system: You are a helpful assistant.
user:
Analyze the provided spectrum to determine if it is a **M-type Giant (gM)**.

A M-type Giant spectrum is defined by its **strong molecular absorption** features, particularly from **Titanium Oxide (TiO)**. You must check for one of the following mutually exclusive signatures:

- **Key Visual Indicators (Absorption-Dominated Spectrum):**

    - **(Primary):** The spectrum is dominated by strong molecular absorption from **Titanium Oxide (TiO)**. This is the **defining feature** of its M-type temperature class.
        - **(Key Bandheads):** Look for sharp, "saw-tooth" absorption valleys. The strongest are located near **~7050 Å**, **~6160 Å**, and **~5170 Å**.
        - **(Line Profile):** The "saw-tooth" morphology is critical: a **sharp, steep drop on the BLUE (short-wavelength) side** of the bandhead, followed by a gradual recovery (rising flux) towards the RED (long-wavelength) side.

    - **(Key Confirmation - Giant vs. Dwarf):** **ABSENCE** of strong **Calcium Hydride (CaH)** molecular bands. This is the primary diagnostic for *excluding* M-dwarfs.
        - **(Key Region):** The spectrum should lack the strong, broad absorption band seen in dwarfs between **~6800 Å and ~7000 Å**.

    - **(Secondary Confirmation - Giant):** A very strong and broad **Neutral Calcium (Ca I)** atomic absorption line.
        - **(Key Line):** Located at **~4226 Å**. In a giant (gM), this line is significantly deeper and broader than the same line in an M-dwarf (dM) due to low surface gravity.

    - **(Overall Spectrum):**
        - The continuum is **extremely red-sloping** (i.e., flux is very low in the blue and rises dramatically towards the red).
        - The entire spectrum appears "chopped up" by the deep TiO bands.

Think first, call **spectral_visualization_tool** if needed to examine features in detail, then provide your final answer. Your response must adhere to the following strict rules:
1.  **Overall Structure:** Your response must follow the format `<think>...</think> <tool_call>...</tool_call> (if a tool is used) <answer>...</answer>`.
2.  **Tool Usage Constraint:** You may only make **one** tool call per turn.
3.  **Final Answer Format:** In the `<answer>` tag, your conclusion must be inside a `\boxed{}` command (e.g., `\boxed{YES}` or `\boxed{NO}`), followed by your justification.

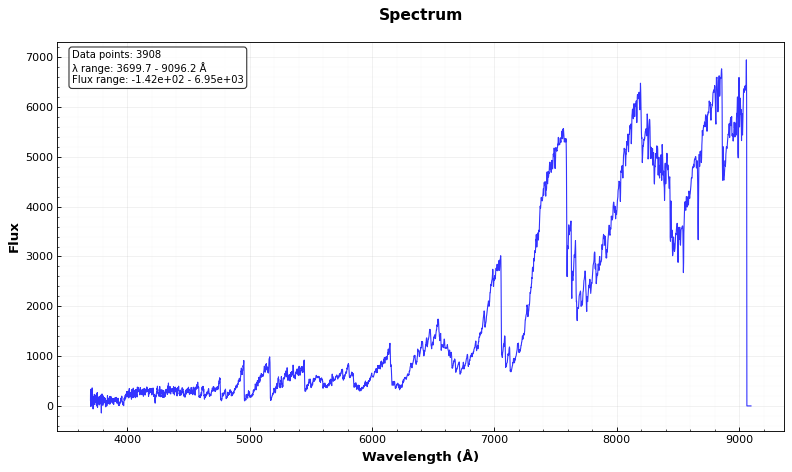
Answer: YES